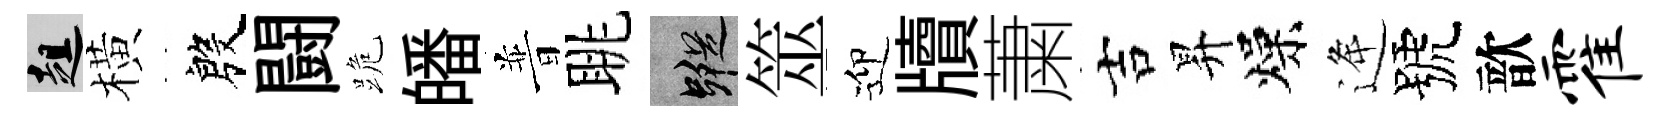
趄橫殷闘跪皤普眺蹤筮迎牘䔥吉昇燥逄號歆霍